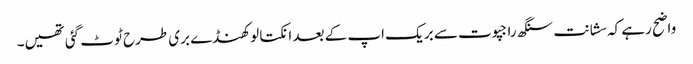
واضح رہے کہ سشانت سنگھ راجپوت سے بریک اپ کے بعد انکتا لوکھنڈے بری طرح ٹوٹ گئی تھیں۔